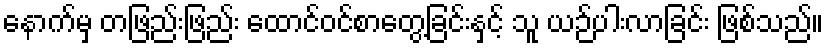
နောက်မှ တဖြည်းဖြည်း ထောင်ဝင်စာတွေ့ခြင်းနှင့် သူ ယဉ်ပါးလာခြင်း ဖြစ်သည်။